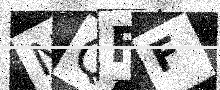
Text: NQFF